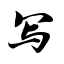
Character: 写